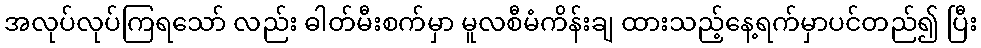
အလုပ်လုပ်ကြရသော် လည်း ဓါတ်မီးစက်မှာ မူလစီမံကိန်းချ ထားသည့်နေ့ရက်မှာပင်တည်၍ ပြီး